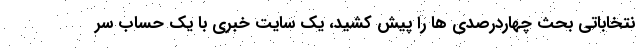
نتخاباتی بحث چهاردرصدی ها را پیش کشید، یک سایت خبری با یک حساب سر